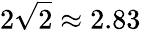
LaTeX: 2\sqrt{2}\approx 2.83